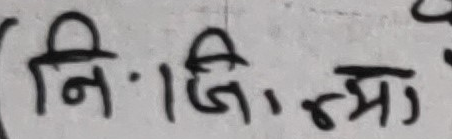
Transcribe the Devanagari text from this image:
निजि. न्मा